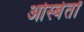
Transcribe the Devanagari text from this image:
ओस्बेर्तों